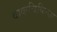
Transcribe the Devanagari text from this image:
वाकचिकित्सा